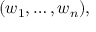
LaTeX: ( w _ { 1 } , \ldots , w _ { n } ) ,